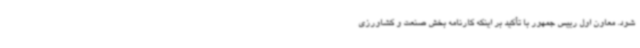
شود. معاون اول رییس جمهور با تأکید بر اینکه کارنامه بخش صنعت و کشاورزی